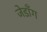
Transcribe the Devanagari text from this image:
जेडाँग